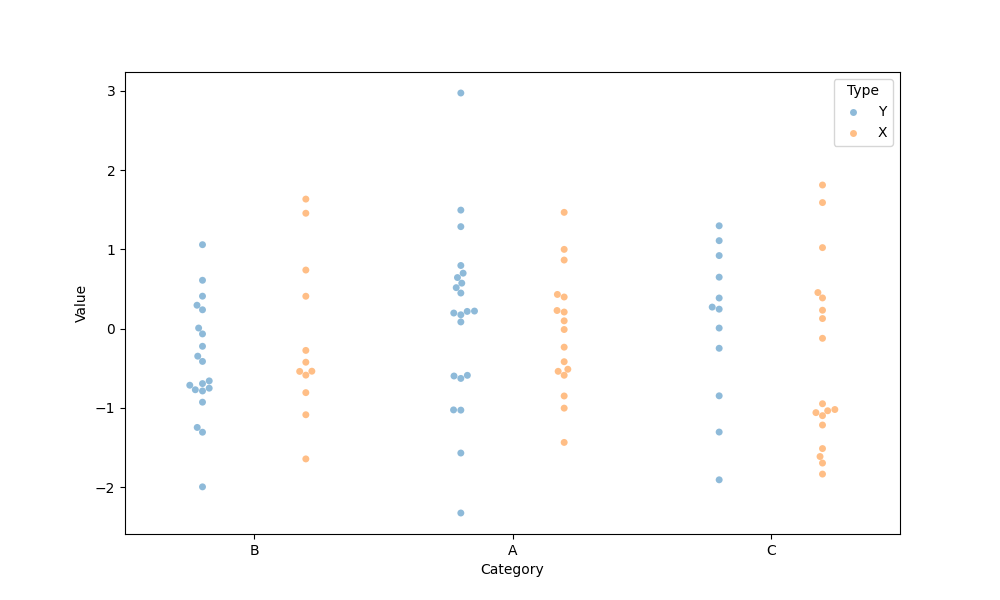
python, seaborn, swarmplot, dodge=True, alpha=0.5, size=5